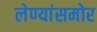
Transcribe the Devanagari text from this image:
लेण्यांसमोर